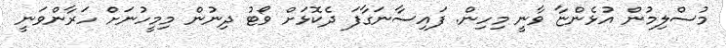
މުސްލިމުން އުޅެންޏާ ވާނީ މިހިން. ފައިސާނަގާފަ ދެކޮޅަށް ވޯޓު ދިނުން މިމީހުނަށް ހަރާންވަނީ